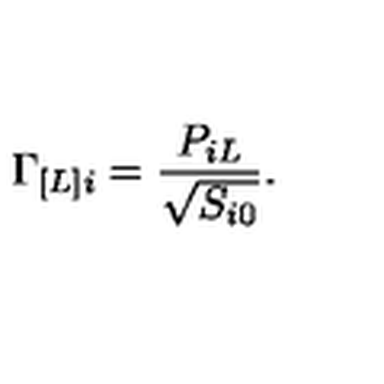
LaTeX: \Gamma _ { [ L ] i } = \frac { P _ { i L } } { \sqrt { S _ { i 0 } } } .